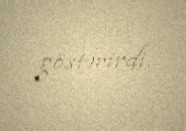
göstərirdi.